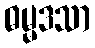
ဓမ္မဒသာ